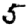
Digit: 5